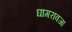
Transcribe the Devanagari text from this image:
घागरावजा